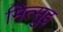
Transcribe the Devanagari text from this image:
मित्सुइ